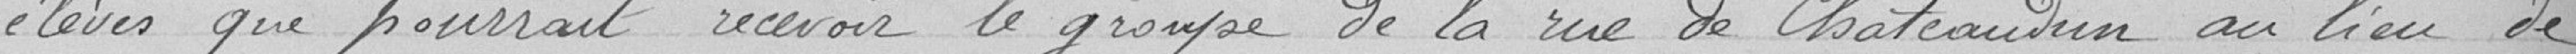
élèves que pourrait recevoir le groupe de la rue de Chateaudun au lieu de